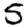
Digit: 5